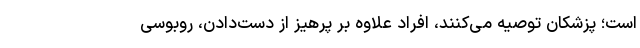
است؛ پزشکان توصیه می‌کنند، افراد علاوه بر پرهیز از دست‌دادن، روبوسی